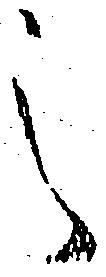
之